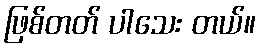
ဖြစ်တတ် ပါသေး တယ်။